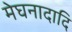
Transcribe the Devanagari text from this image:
मेघनादादि